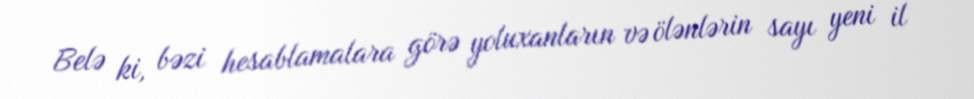
Belə ki, bəzi hesablamalara görə yoluxanların və ölənlərin sayı yeni il